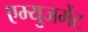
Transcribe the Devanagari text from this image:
एम्युजमेंट